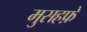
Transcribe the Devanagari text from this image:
मुसहफ़े